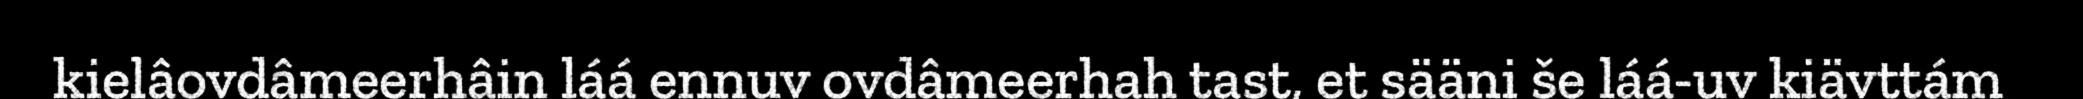
kielâovdâmeerhâin láá ennuv ovdâmeerhah tast, et sääni še láá-uv kiävttám